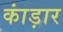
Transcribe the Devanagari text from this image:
कांड़ार